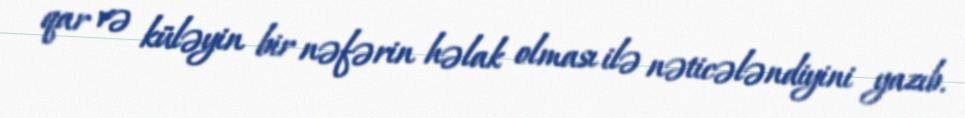
qar və küləyin bir nəfərin həlak olması ilə nəticələndiyini yazıb.